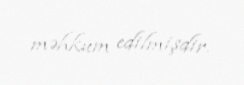
məhkum edilmişdir.